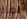
نفاذ